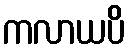
ကလာယပိ